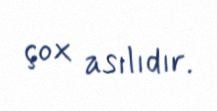
çox asılıdır.